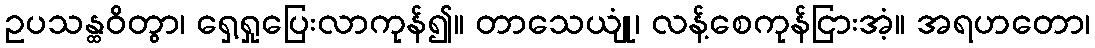
ဥပသန္ထဝိတွာ၊ ရှေ့ရှုပြေးလာကုန်၍။ တာသေယျုံ၊ လန့်စေကုန်ငြားအံ့။ အရဟတော၊